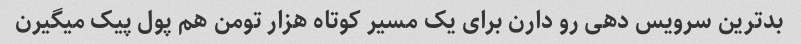
بدترین سرویس دهی رو دارن برای یک مسیر کوتاه هزار تومن هم پول پیک میگیرن